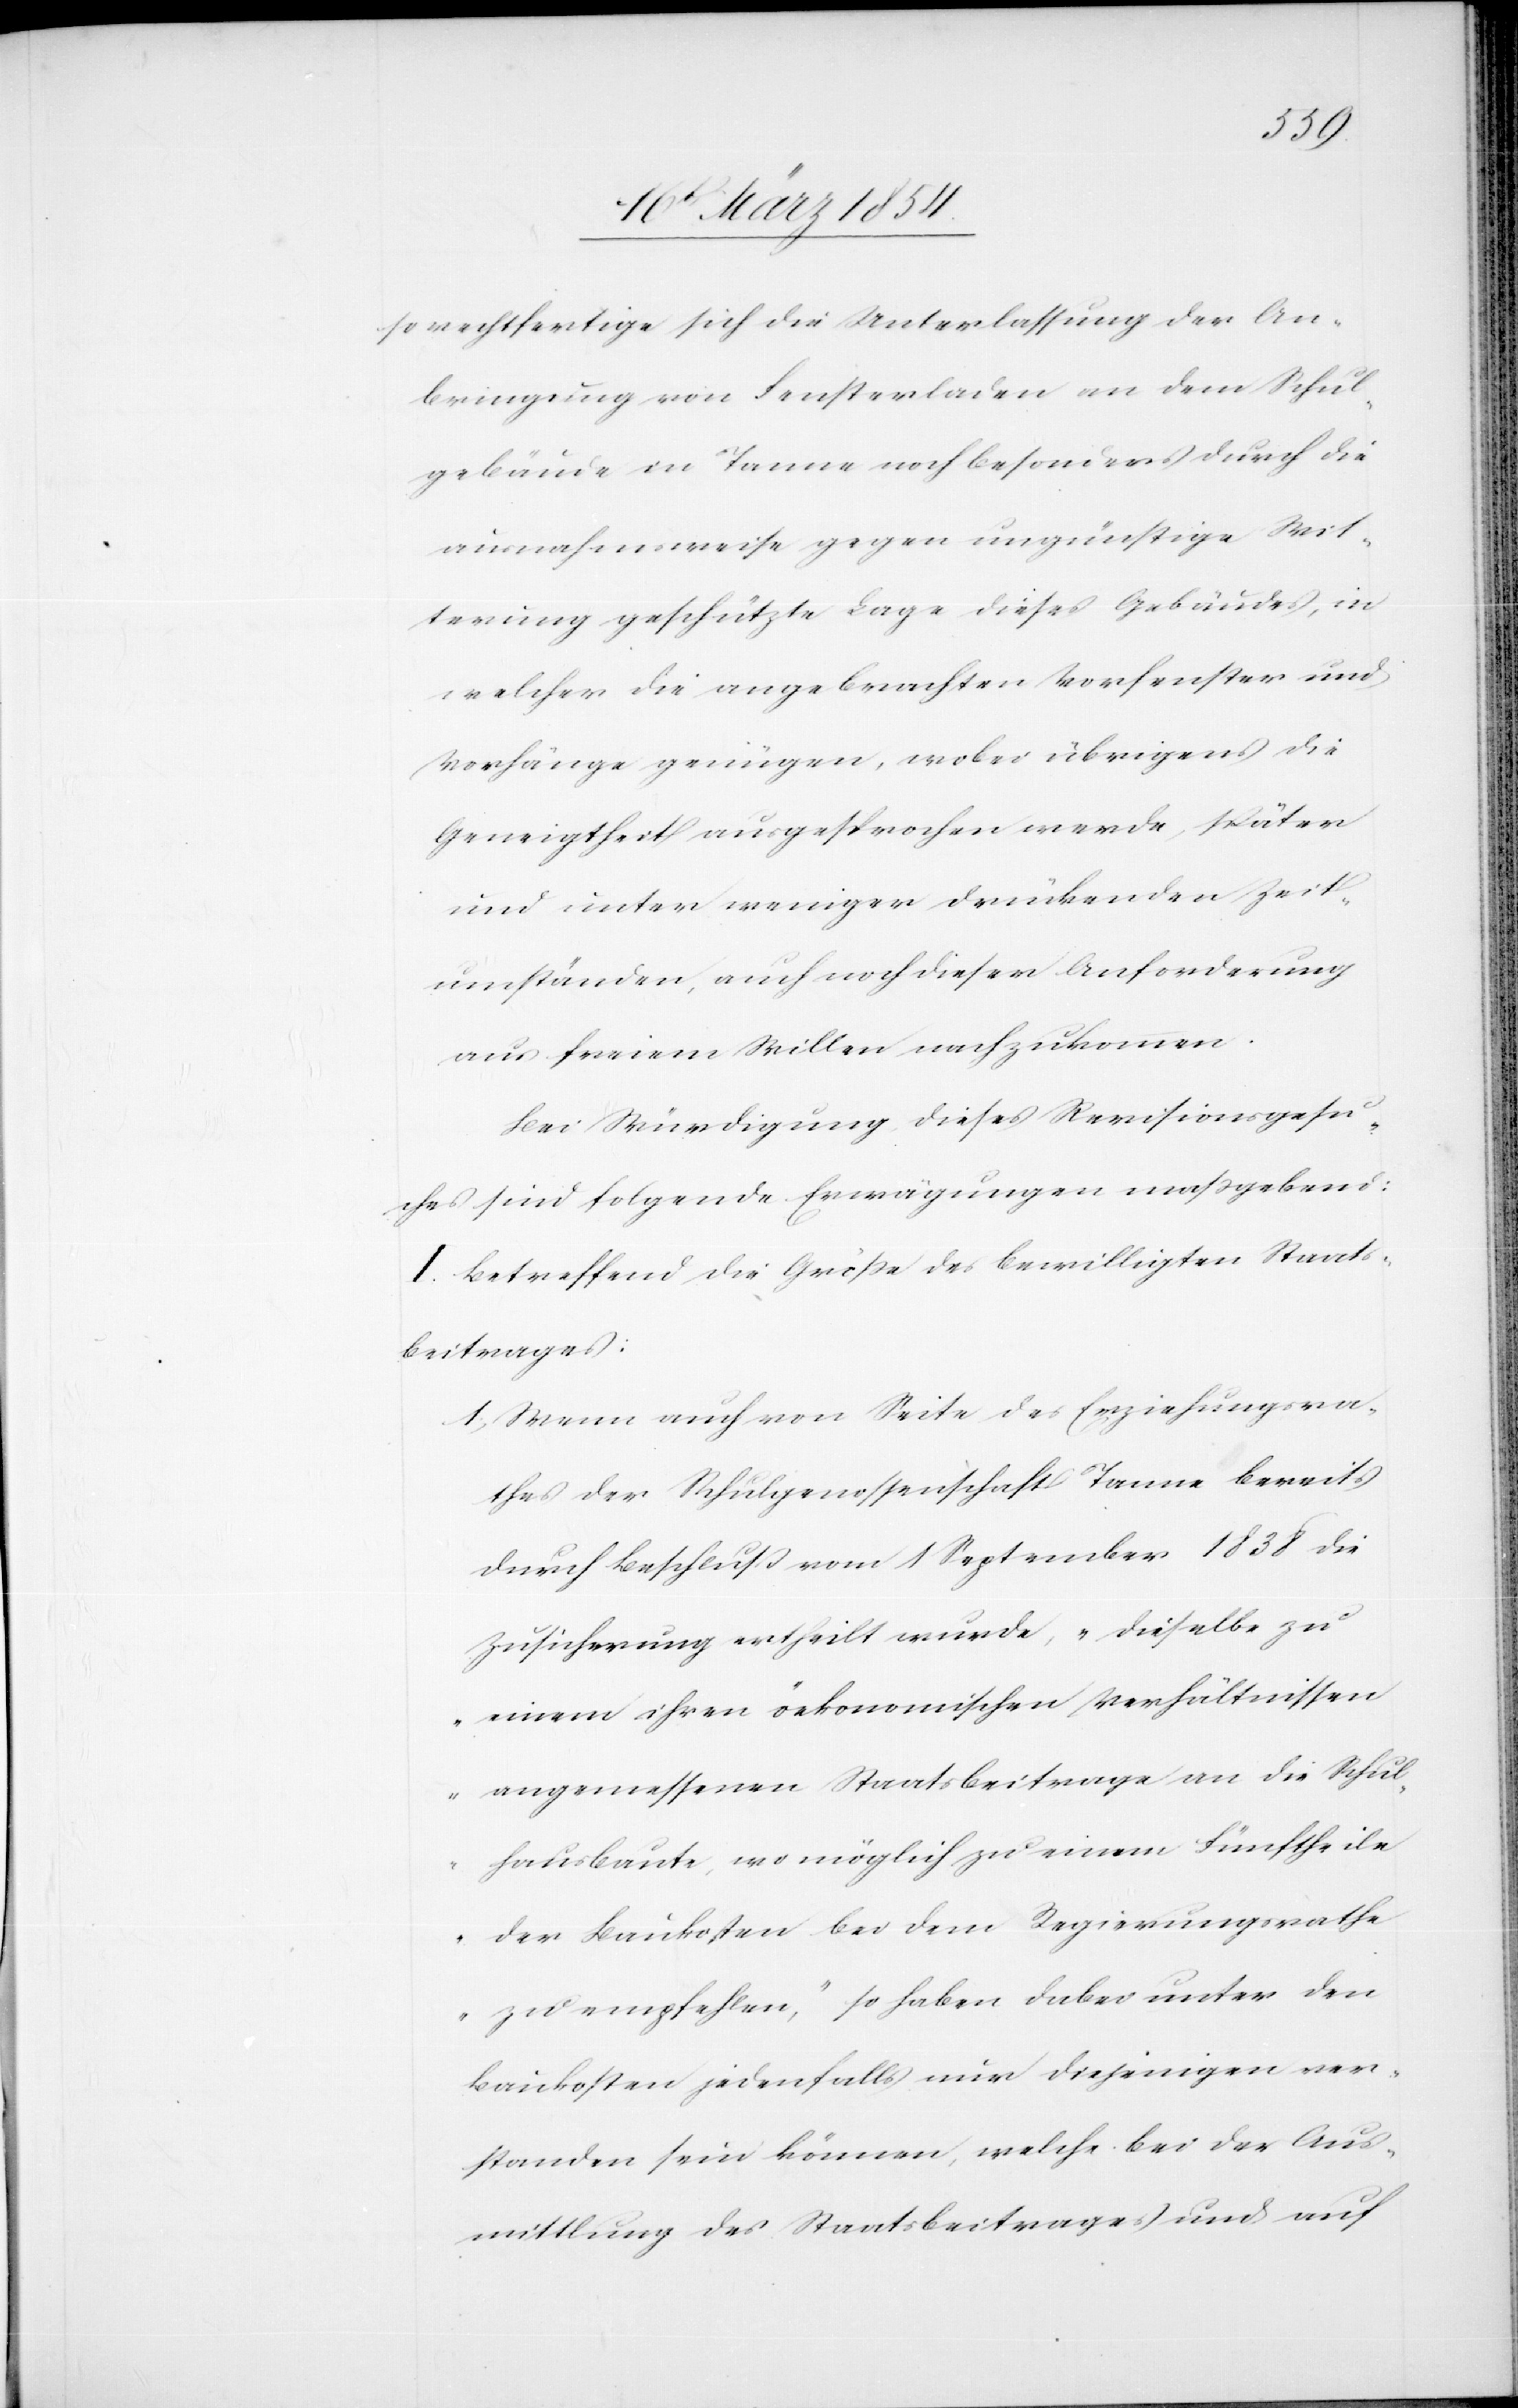
so rechtfertige sich die Unterlassung der An¬
bringung von Fensterladen an dem Schul¬
gebäude in Tanne noch besonders durch die
ausnahmsweise gegen ungünstige Wit¬
terung geschützte Lage dieses Gebäudes, in
welcher die angebrachten Vorfenster und
Vorhänge genügen, wobei übrigens die
Geneigtheit ausgesprochen werde, später
und unter weniger drückenden Zeit¬
umständen, auch noch dieser Anforderung
aus freiem Willen nachzukommen.
Bei Würdigung dieses Revisionsgesu¬
ches sind folgende Erwägungen maßgebend
I. Betreffend die Größe des bewilligten Staats¬
beitrages:
1) Wenn auch von Seite des Erziehungsra¬
thes der Schulgenossenschaft Tanne bereits
durch Beschluß vom 1 September 1838 die
Zusicherung ertheilt wurde, „dieselbe zu
einem ihren öekonomischen Verhältnissen
angemessenen Staatsbeitrage an die Schul¬
hausbaute, wo möglich zu einem Fünftheile
der Baukosten bei dem Regierungsrathe
zu empfehlen“, so haben dabei unter den
Baukosten jedenfalls nur diejenigen ver¬
standen sein können, welche bei der Aus¬
mittlung des Staatsbeitrages und auf